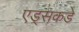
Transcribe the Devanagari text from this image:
एड्‌सकडे